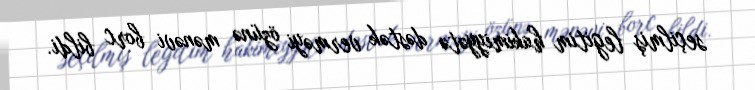
seçilmiş legitim hakimiyyətə dəstək verməyi özünə mənəvi borc bildi.